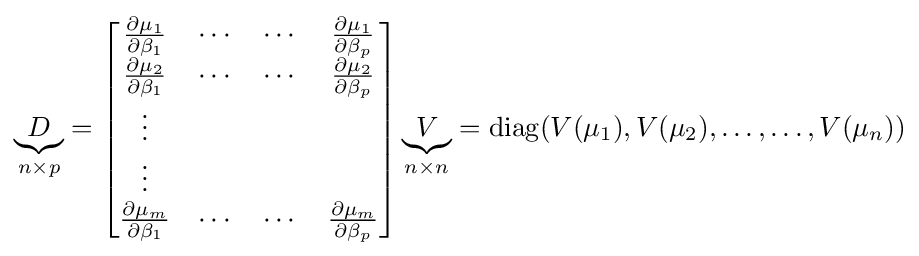
\underbrace {D} _{n\times p}={\begin{bmatrix}{\frac {\partial \mu _{1}}{\partial \beta _{1}}}&\cdots &\cdots &{\frac {\partial \mu _{1}}{\partial \beta _{p}}}\\{\frac {\partial \mu _{2}}{\partial \beta _{1}}}&\cdots &\cdots &{\frac {\partial \mu _{2}}{\partial \beta _{p}}}\\\vdots \\\vdots \\{\frac {\partial \mu _{m}}{\partial \beta _{1}}}&\cdots &\cdots &{\frac {\partial \mu _{m}}{\partial \beta _{p}}}\end{bmatrix}}\underbrace {V} _{n\times n}=\operatorname {diag} (V(\mu _{1}),V(\mu _{2}),\ldots ,\ldots ,V(\mu _{n}))